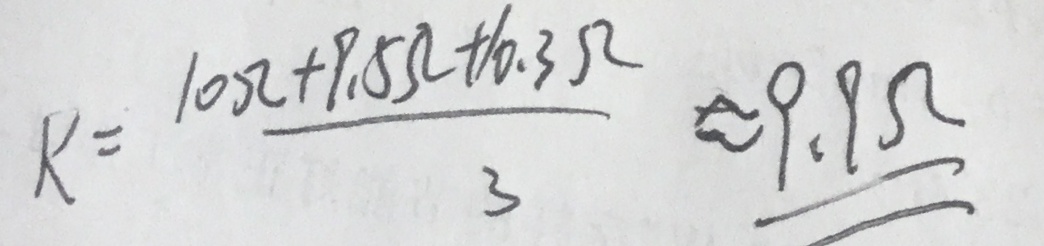
R = \frac { 1 0 \Omega + 9 . 5 \Omega + 1 0 . 3 \Omega } { 3 } \approx \xlongequal { 9 . 9 \Omega }